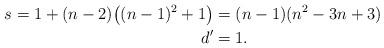
LaTeX: \begin{align*} s = 1 + (n - 2) \big( (n - 1)^2 + 1 \big) &= (n - 1)( n^2 - 3n + 3 ) \\ d' &= 1.\end{align*}